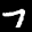
Label: 7